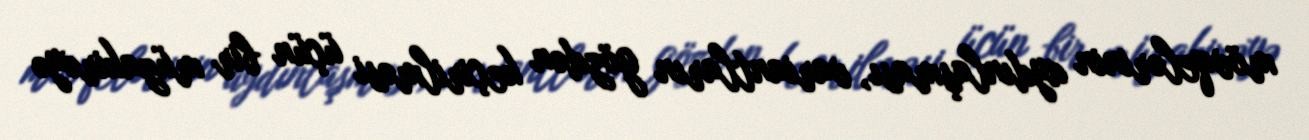
mövqelərinin aydınlaşması, variantların gözdən keçirilməsi üçün bir müzakirəyə